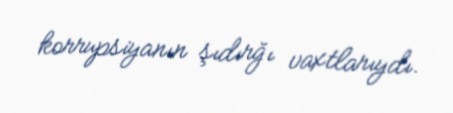
korrupsiyanın şıdırğı vaxtlarıydı.